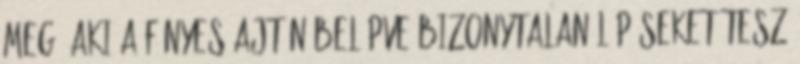
meg, aki a fényes ajtón belépve bizonytalan lépéseket tesz